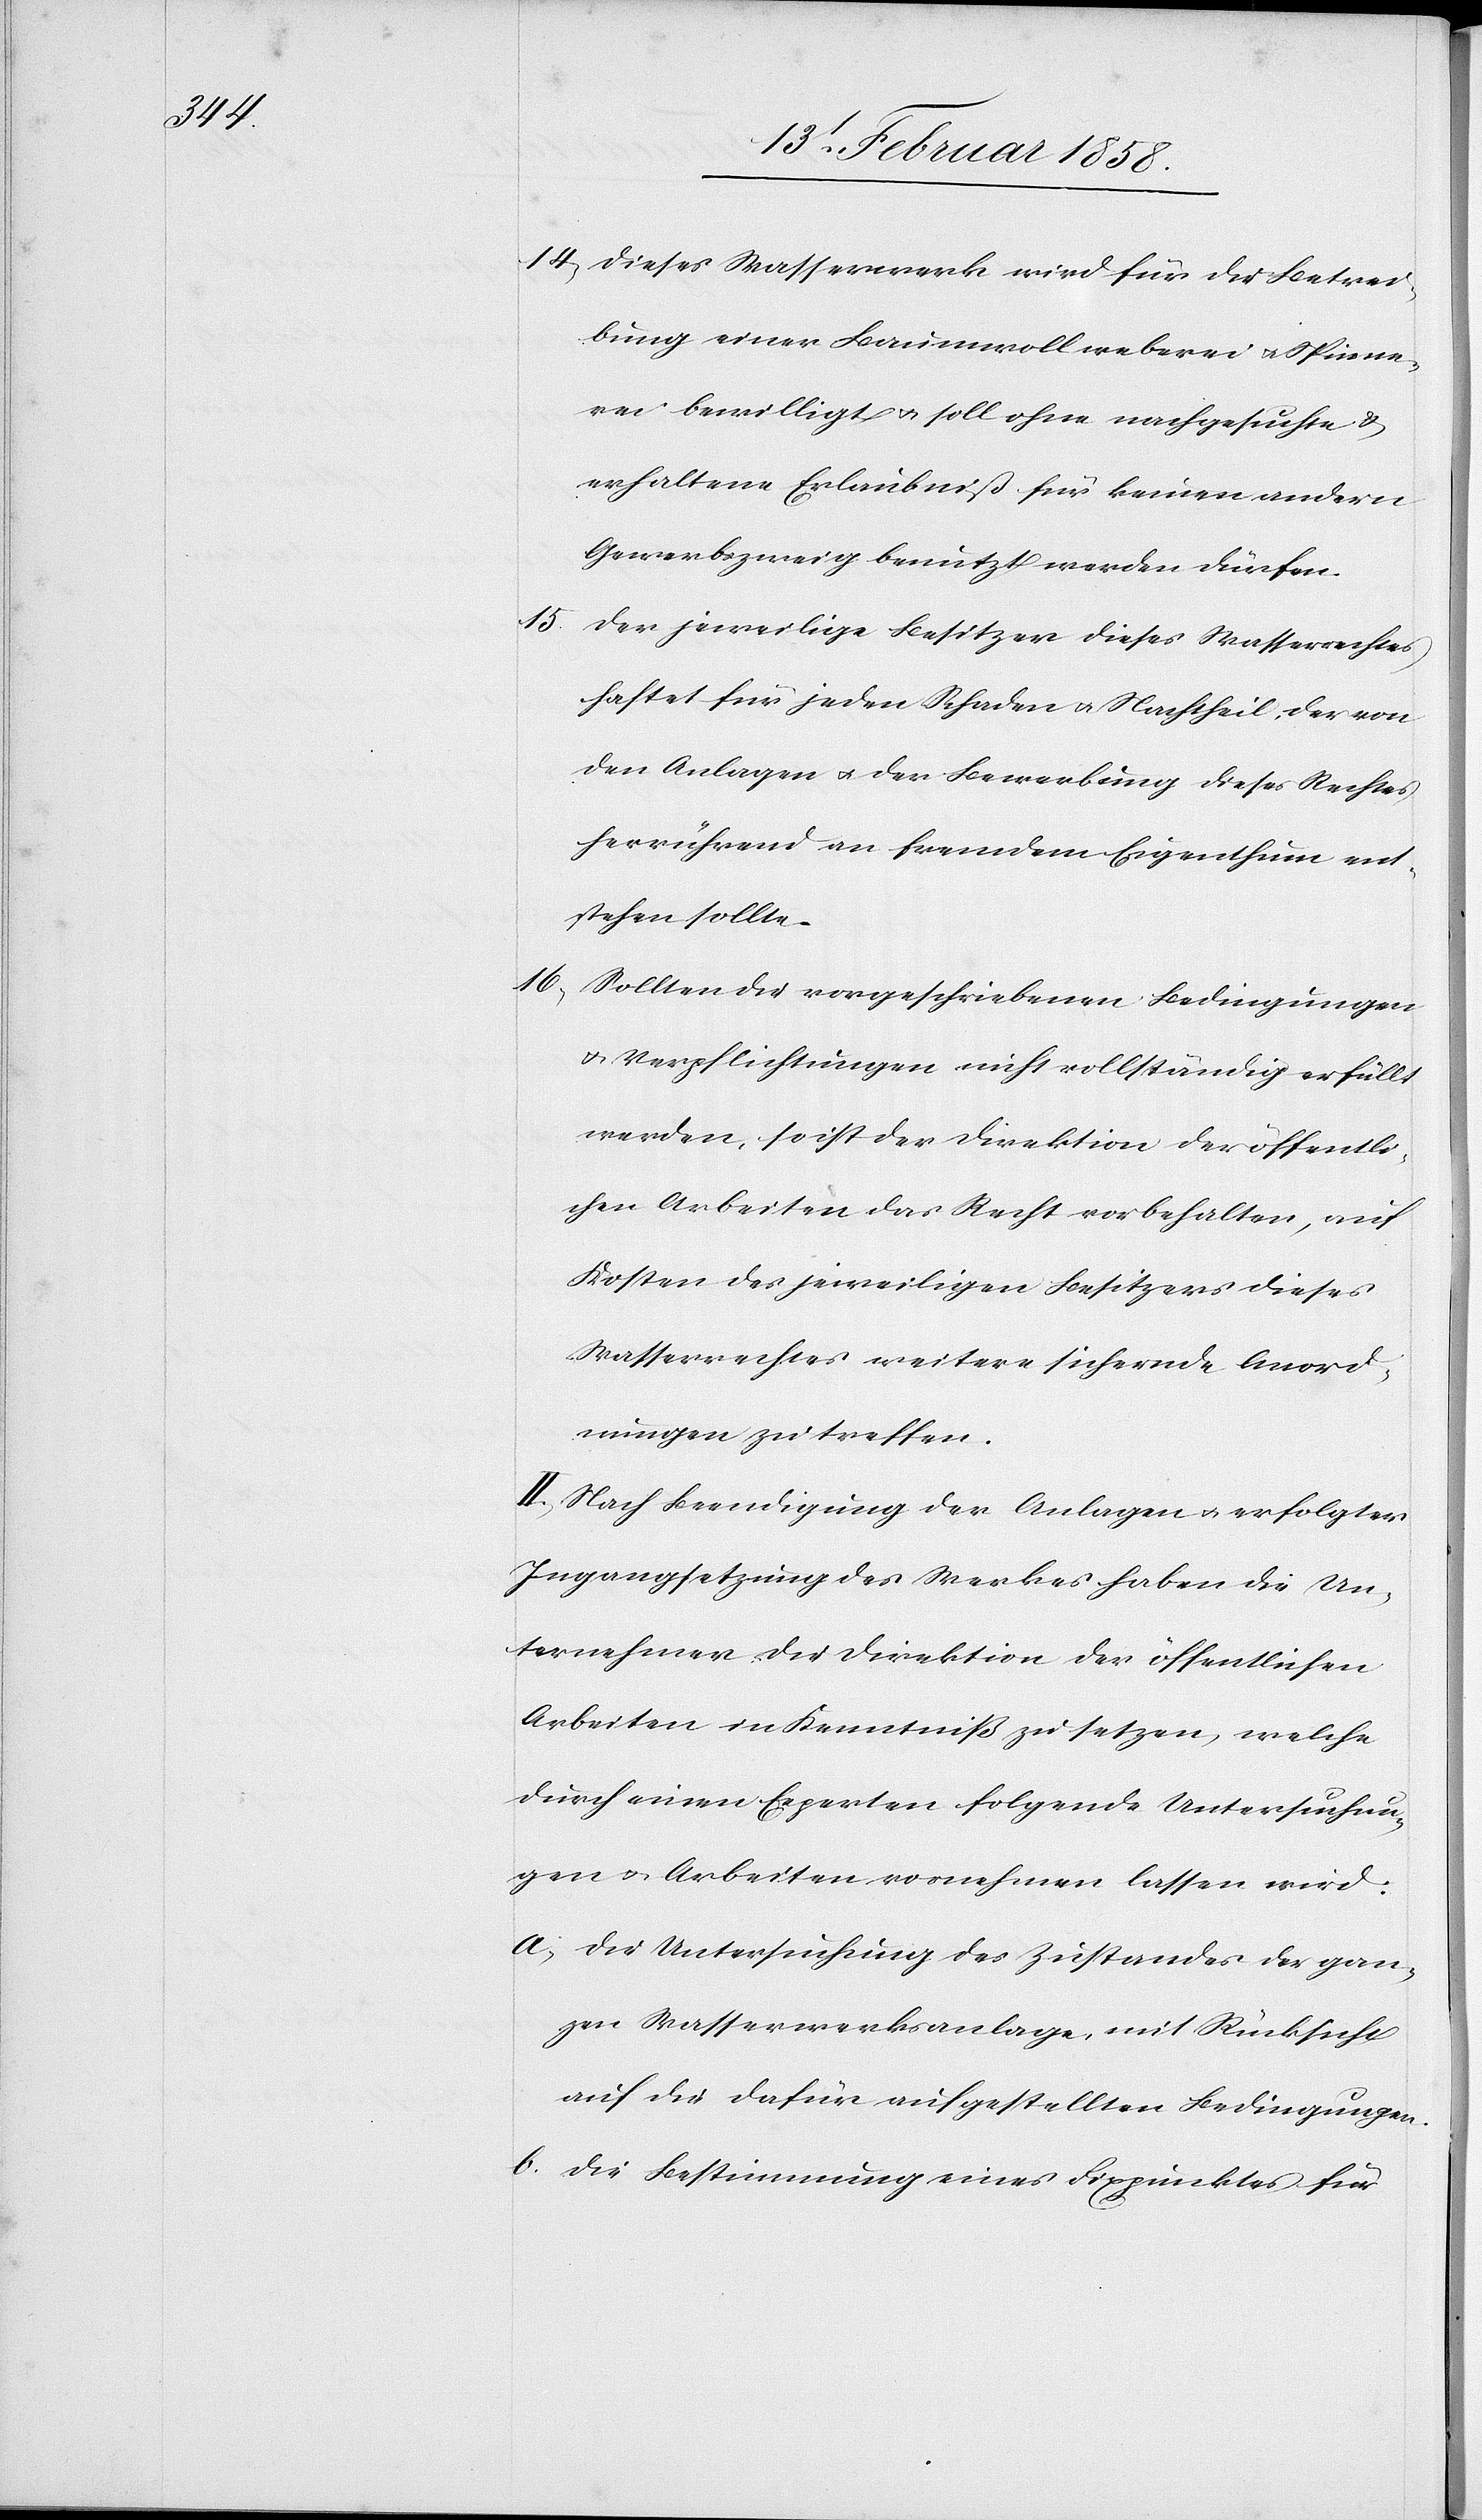
14. Dieses Wasserwerk wird für die Betrei¬
bung einer Baumwollweberei u. Spinne¬
rei bewilligt u. soll ohne nachgesuchte &
erhaltene Erlaubniß für keinen andern
Gewerbszweig benutzt werden dürfen.
15.
Der jeweilige Besitzer dieses Wasserrechtes
haftet für jeden Schaden u. Nachtheil, der von
den Anlagen u. der Bewerbung dieses Rechtes
herrührend an fremdem Eigenthum ent¬
stehen sollte.
16. Sollten die vorgeschriebenen Bedingungen
u. Verpflichtungen nicht vollständig erfüllt
werden, so ist der Direktion der öffentli¬
chen Arbeiten das Recht vorbehalten, auf
Kosten des jeweiligen Besitzers dieses
Wasserrechtes weitere sichernde Anord¬
nungen zu treffen.
II. Nach Beendigung der Anlagen u. erfolgter
Ingangsetzung des Werkes haben die Un¬
ternehmer die Direktion der öffentlichen
Arbeiten in Kenntniß zu setzen, welche
durch einen Experten folgende Untersuchun¬
gen u. Arbeiten vornehmen lassen wird:
a. Die Untersuchung des Zustandes der gan¬
zen Wasserwerksanlage, mit Rücksicht
auf die dafür aufgestellten Bedingungen.
b. Die Bestimmung eines Fixpunktes für